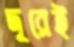
দূরেই